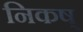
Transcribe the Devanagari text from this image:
निकष्